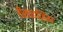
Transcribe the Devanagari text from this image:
रीसाइज़िंग